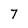
Character: 7